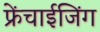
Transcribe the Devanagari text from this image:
फ्रेंचाईजिंग